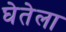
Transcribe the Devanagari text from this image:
घेतेला